Ajakirja_Uliopilasleht_toimetus, lk 31
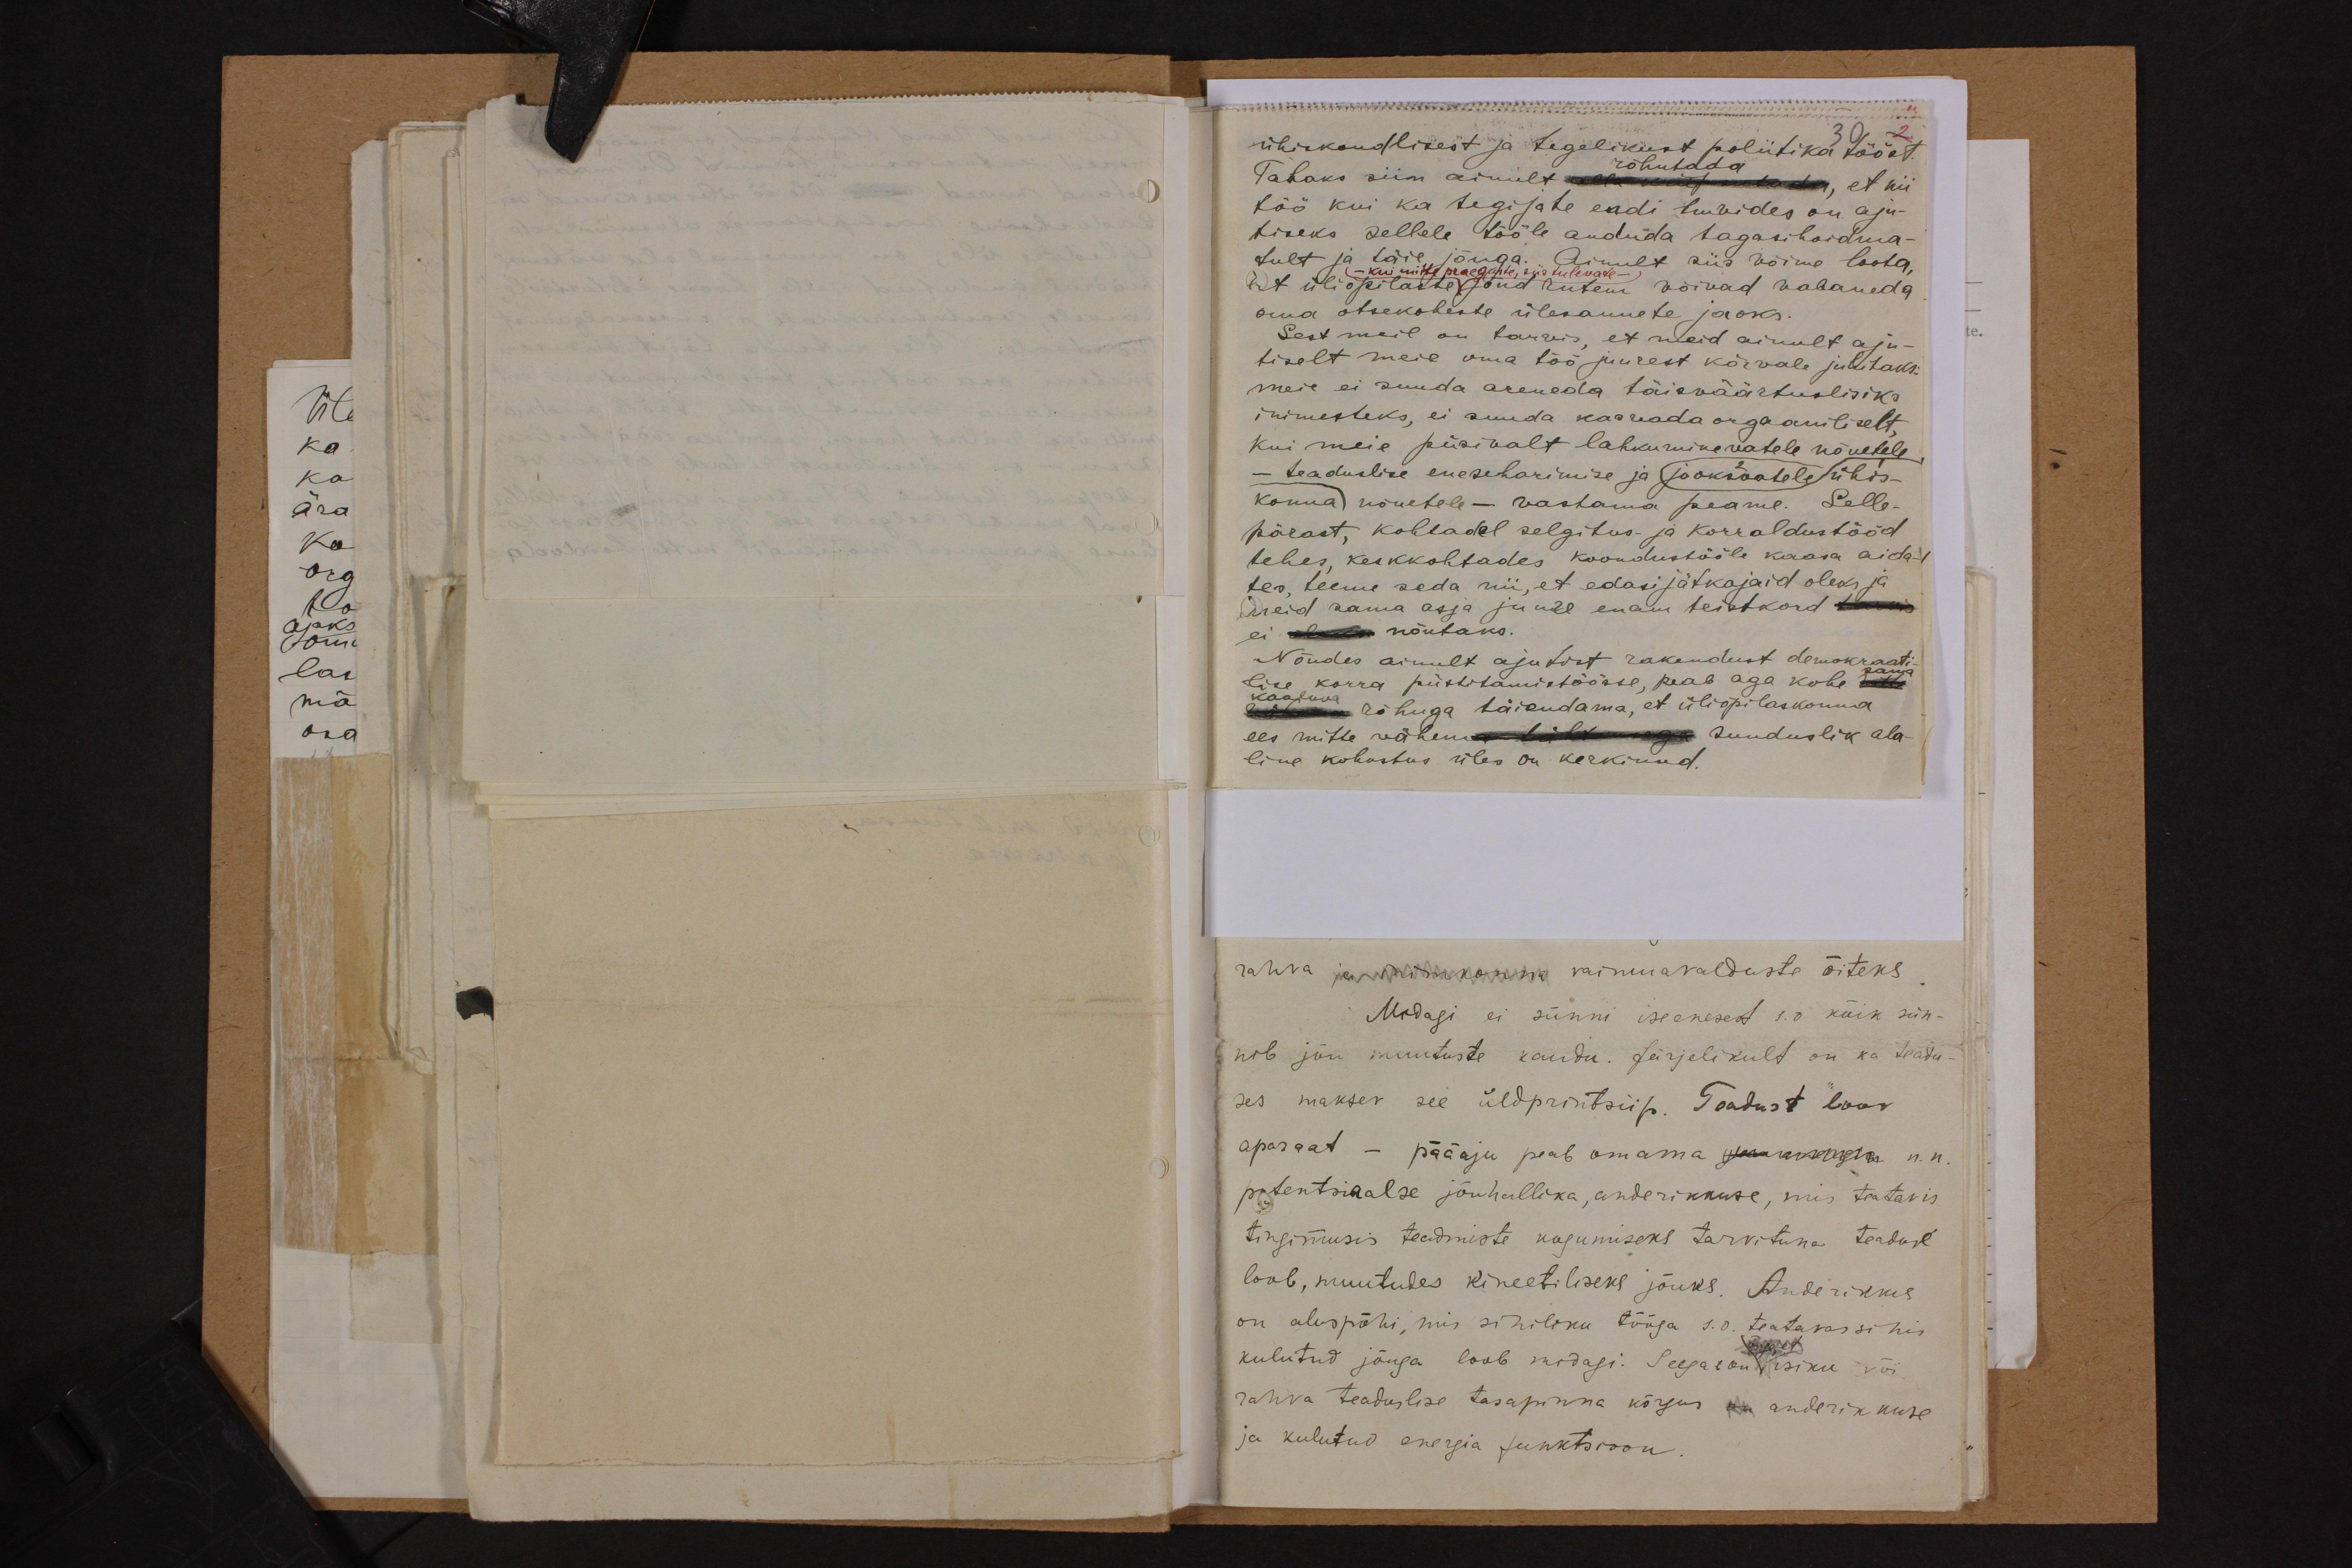
ühiskondlikest ja tegelikust poliitika tööst
rõhutada
Tahaks siin ainult alla kuuputada, et nii
töö kui ka tegijate endi huvides on aju-
tiseks sellele tööle anduda tagasihoidma-
tult ja täie jõuga. Ainult siis võime loota,
Et üliõpilaste jõud rutem võivad vabaneda
6, - kui mitte praeguste, siis tulevate
oma otsekoheste ülesannete jaoks.
Sest meil on tarvis, et meid ainult aju-
tiselt meie oma töö juurest kõrvale juhitaks.
meie ei suuda areneda täisväärtuslisiks
inimesteks, ei suuda kasvada orgaaniliselt
kui meie püsivalt lahkuminevatele nõuetele
- teaduslise eneseharimise ja jooksvatele ühis-
konna nõuetele - vastama peame. Selle-
pärast, kohtadel selgitus- ja korraldustööd
tehes, keskkohtades koondustööle kaasa aida-
tes, teeme seda nii, et edasi jätkajaid oleks ja
meid sama asja juurde enam teistkord tarvis
ei oleks nõutaks.
Nõudes ainult ajutist rakendust demokraati-
lise korra püstitamistöösse, peab aga kohe sama
kaaluva rõhuga täiendama, et üliõpilaskonna
ees mitte vähema üldktunuga sunduslik ala-
line kohustus üles on kerkinud.